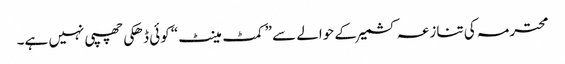
محترمہ کی تنازعہ کشمیر کے حوالے سے ”کمٹ مینٹ“ کوئی ڈھکی چھپی نہیں ہے۔